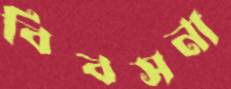
বিবসনা